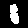
Label: 1